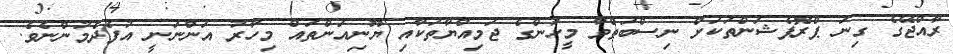
ރާއްޖޭގެ ގިނަ ޕްރޮފެޝަންތަކަށް ނިސްބަތްވާ މީހުންގެ ޖަމިއްޔާތަކާއި ޔޫނިއަންތައް މިހާރު އަންނަނީ އުފެދެމުންނެވެ.